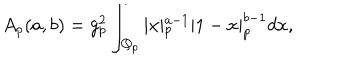
LaTeX: A _ { p } ( a , b ) = g _ { p } ^ { 2 } \int _ { { \bf Q } _ { p } } \vert x \vert _ { p } ^ { a - 1 } | 1 - x | _ { p } ^ { b - 1 } d x ,